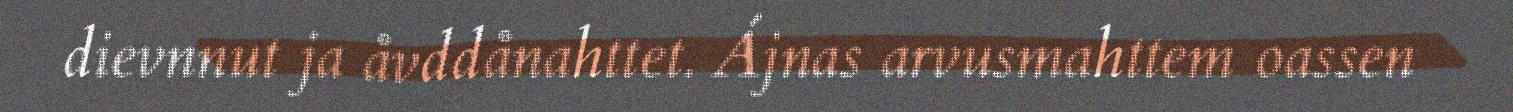
dievnnut ja åvddånahttet. Ájnas arvusmahttem oassen